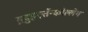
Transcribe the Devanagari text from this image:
ग़्रदुइएर्तेन्कोल्लेग